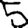
Digit: 5